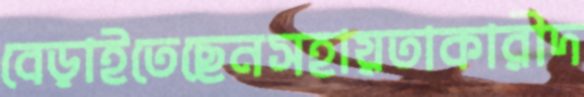
বেড়াইতেছেনসহায়তাকারীদ